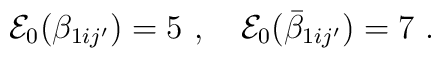
{\cal E}_0(\beta_{1ij'}) = 5 ~,~~~{\cal E}_0(\bar\beta_{1ij'}) = 7 ~.